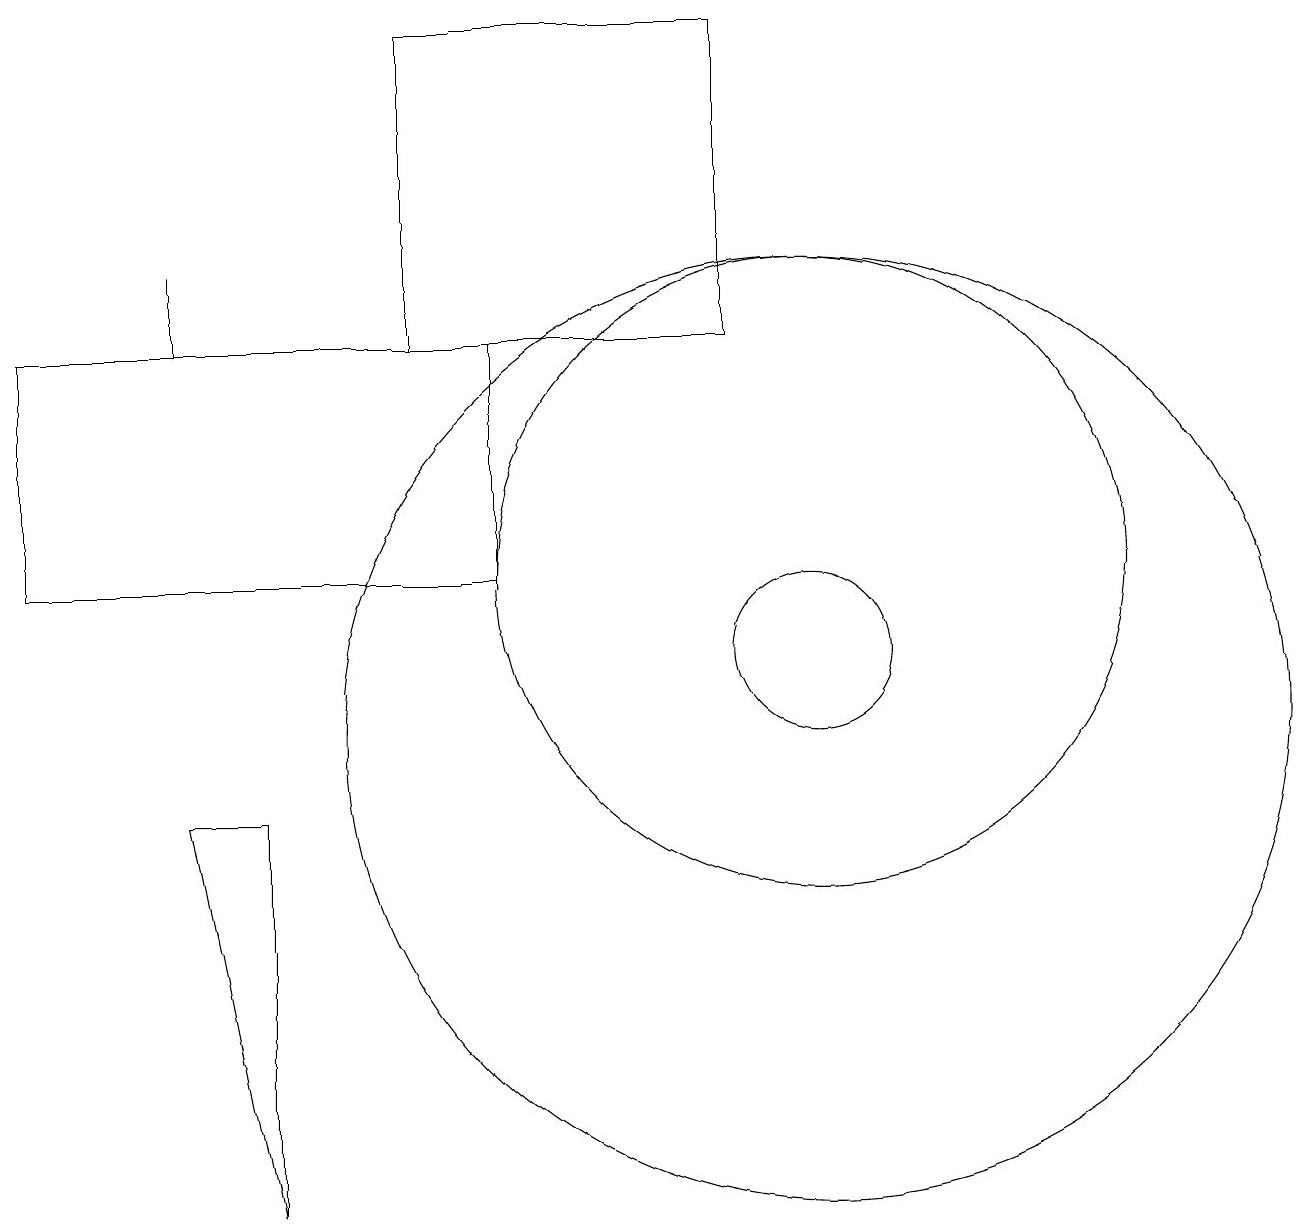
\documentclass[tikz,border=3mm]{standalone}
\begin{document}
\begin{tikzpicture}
\draw (5,19) rectangle (9,15);
\draw (2,15) rectangle (2,16);
\draw (6,15) rectangle (0,12);
\draw (10,11) circle (1);
\draw (10,10) circle (6);
\draw (10,12) circle (4);
\draw (3,9) -- (2,9) -- (3,4) -- cycle;
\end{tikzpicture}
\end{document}